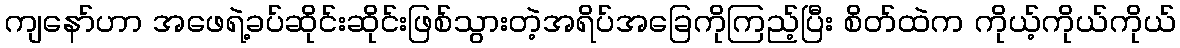
ကျနော်ဟာ အဖေရဲ့ခပ်ဆိုင်းဆိုင်းဖြစ်သွားတဲ့အရိပ်အခြေကိုကြည့်ပြီး စိတ်ထဲက ကိုယ့်ကိုယ်ကိုယ်